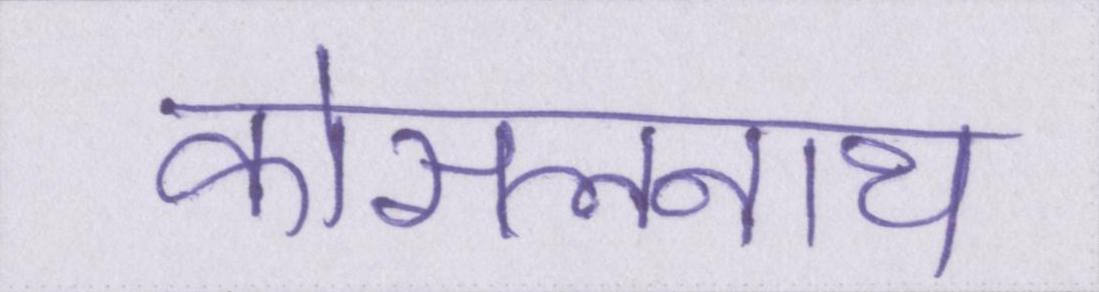
कोसलनाथ